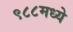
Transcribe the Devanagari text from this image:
९८८मध्ये